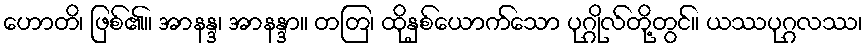
ဟောတိ၊ ဖြစ်၏။ အာနန္ဒ၊ အာနန္ဒာ။ တတြ၊ ထိုနှစ်ယောက်သော ပုဂ္ဂိုလ်တို့တွင်။ ယဿပုဂ္ဂလဿ၊